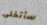
سأتخلى